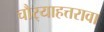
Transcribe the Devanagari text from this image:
चौर्‍याहत्तरावा